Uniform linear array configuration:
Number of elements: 16
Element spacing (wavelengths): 0.25
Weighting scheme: cosine
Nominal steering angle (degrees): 15
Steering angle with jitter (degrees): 15.259
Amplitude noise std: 0.05
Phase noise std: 0.05

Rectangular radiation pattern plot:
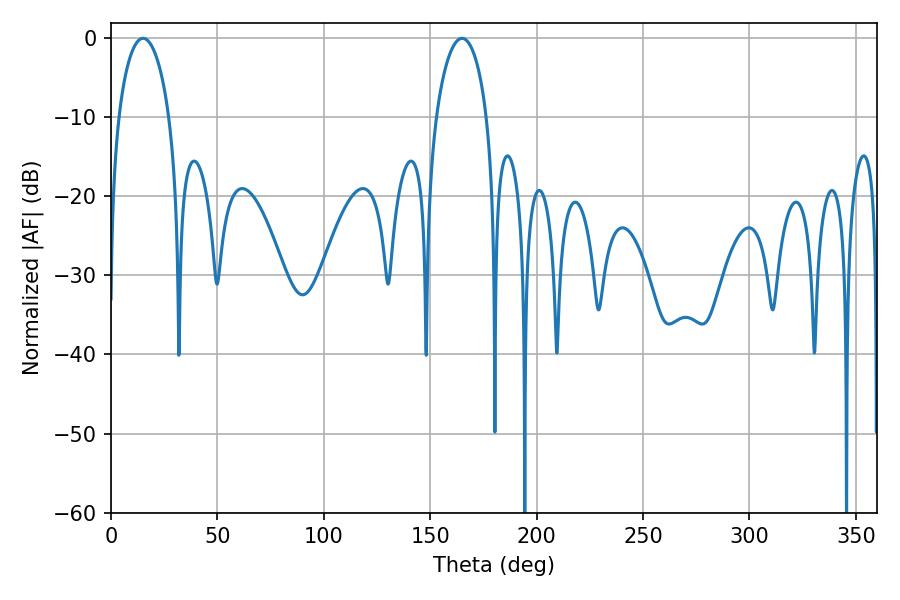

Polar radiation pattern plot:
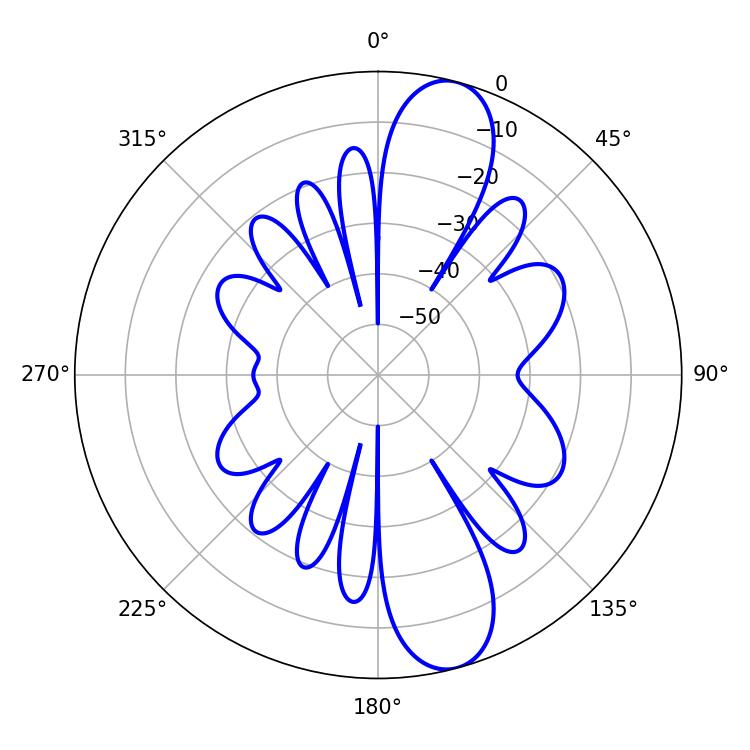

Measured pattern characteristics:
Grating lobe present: FALSE
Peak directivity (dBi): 11.666
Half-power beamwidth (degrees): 13.68
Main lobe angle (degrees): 15.12